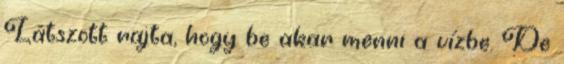
Látszott rajta, hogy be akar menni a vízbe. De